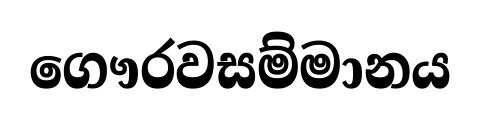
ගෞරවසම්මානය